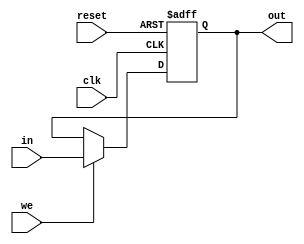
module ereg(in,out,we,clk,reset);

input [38:0]in;//39bit
input we;
input clk;
input reset;

output [38:0]out;//39bit

reg [38:0]out;

always@(posedge clk or negedge reset)
begin
  if(reset==0)
  begin
    out<=0;
  end
  else
  begin
    if(we==1)
      out<=in;
    end
  end
endmodule